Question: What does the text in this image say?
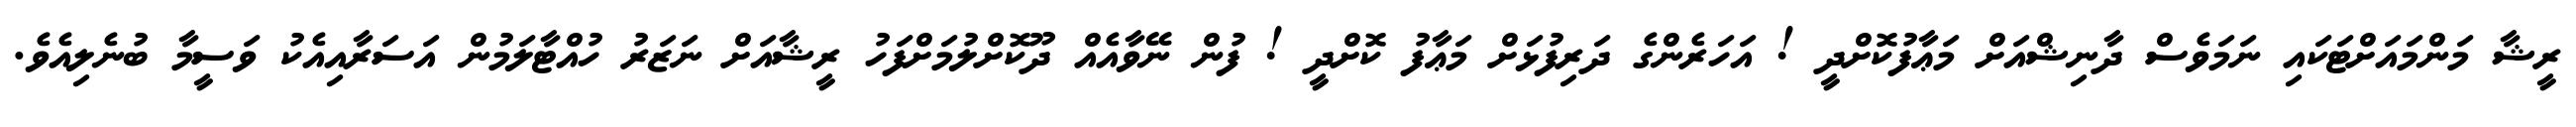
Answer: ރީޝާ މަންމައަށްޓަކައި ނަމަވެސް ދާނިޝްއަށް މަޢާފުކޮށްދީ ! އަހަރެންގެ ދަރިފުޅަށް މަޢާފު ކޮށްދީ ! ފުން ނޭވާއެއް ދޫކޮށްލުމަށްފަހު ރީޝާއަށް ނަޒަރު ހުއްޓާލަމުން އަސަރާއިއެކު ވަސީމާ ބުނެލިއެވެ.